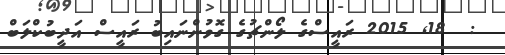
:  18